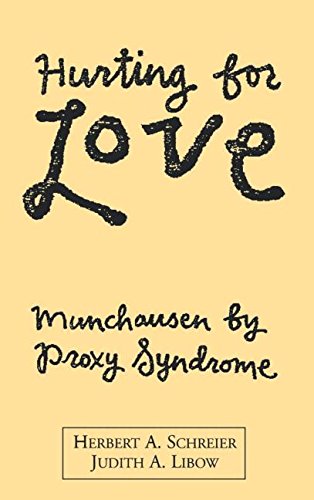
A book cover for Hurting for Love: Munchausen by Proxy Syndrome; Herbert A. Schreier MD; Law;